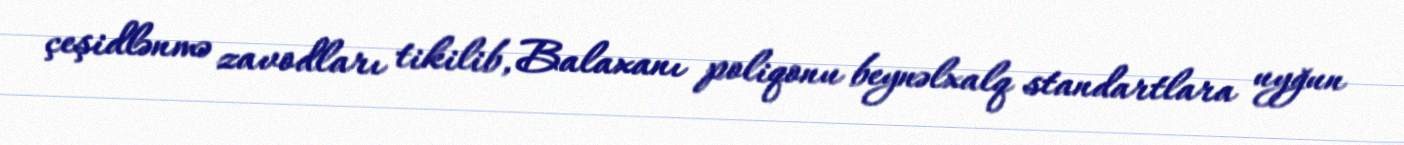
çeşidlənmə zavodları tikilib, Balaxanı poliqonu beynəlxalq standartlara uyğun